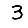
Digit: 3